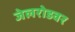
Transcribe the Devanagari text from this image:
जेलरोडवर